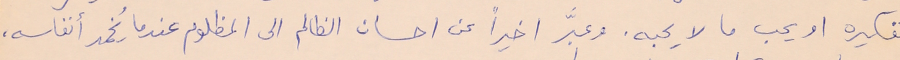
تفكيره او يحب ما لا يحبه. وعبَّر اخيراً عن احسان الظالم الى المظلوم عندما يُخمد أنفاسه،